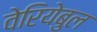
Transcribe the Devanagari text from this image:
वेरियेबुल